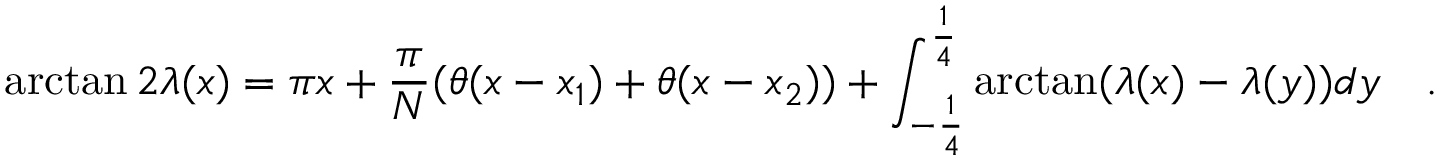
\arctan 2 \lambda ( x ) = \pi x + \frac { \pi } { N } ( \theta ( x - x _ { 1 } ) + \theta ( x - x _ { 2 } ) ) + \int _ { - \frac { 1 } { 4 } } ^ { \frac { 1 } { 4 } } \arctan ( \lambda ( x ) - \lambda ( y ) ) d y \quad .